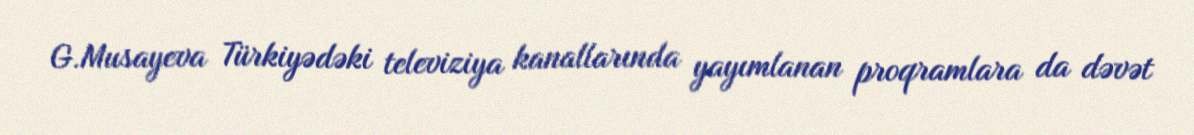
G.Musayeva Türkiyədəki televiziya kanallarında yayımlanan proqramlara da dəvət